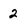
Character: 2